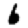
Digit: 6